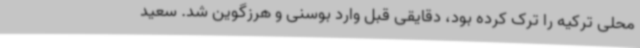
محلی ترکیه را ترک کرده بود، دقایقی قبل وارد بوسنی و هرزگوین شد. سعید